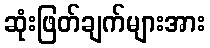
ဆုံးဖြတ်ချက်များအား